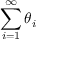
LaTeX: \sum _ { i = 1 } ^ { \infty } \theta _ { i }